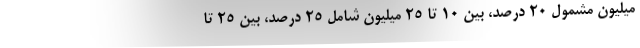
میلیون مشمول ۲۰ درصد، بین ۱۰ تا ۲۵ میلیون شامل ۲۵ درصد، بین ۲۵ تا